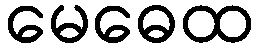
မေဓေထ